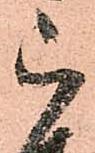
被